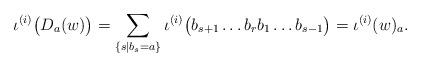
LaTeX: \begin{align*}\iota^{(i)}\big(D_a(w)\big)=\sum_{\{s|b_s=a\}}\iota^{(i)}\big(b_{s+1}\ldots b_rb_1\ldots b_{s-1}\big)=\iota^{(i)}(w)_{a}.\end{align*}